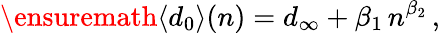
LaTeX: \ensuremath{\left\langle d_{0}\right\rangle}(n)=d_{\infty}+\beta_{1}\, n^{\beta_{2}}\, ,